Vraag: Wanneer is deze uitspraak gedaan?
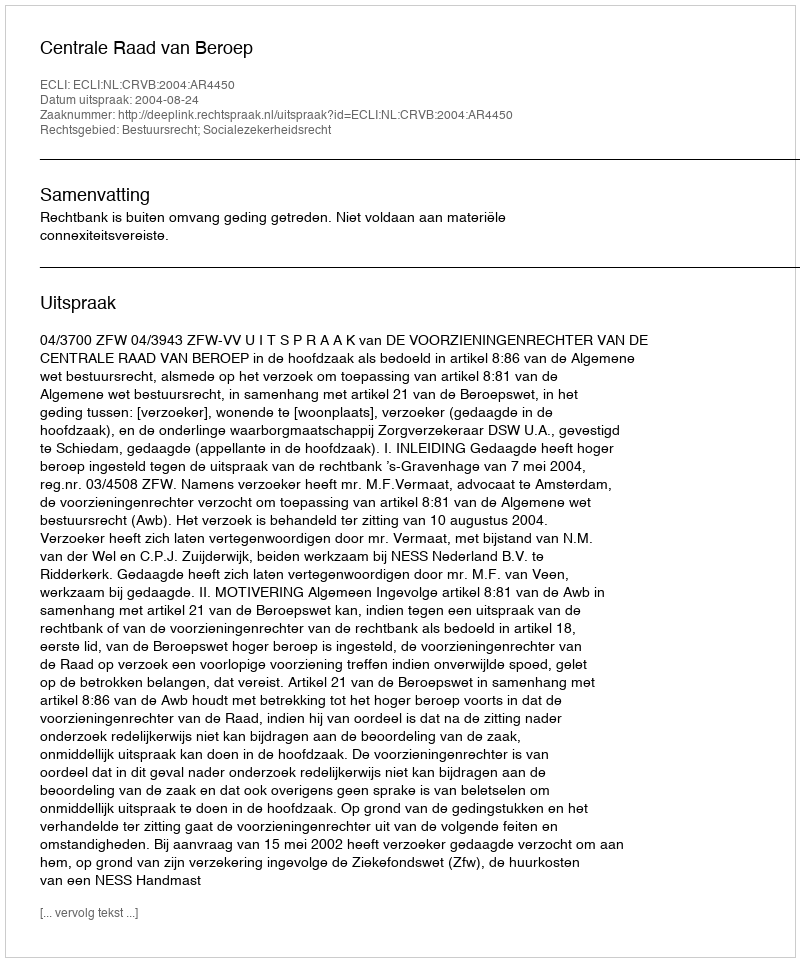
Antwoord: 2004-08-24